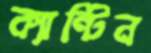
ক্যান্টিন